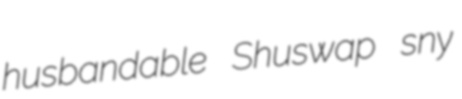
husbandable Shuswap sny